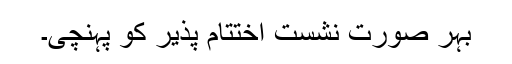
بہر صورت نشست اختتام پذیر کو پہنچی۔